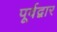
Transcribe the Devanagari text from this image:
पूर्वद्वार